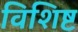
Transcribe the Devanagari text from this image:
विशिष्ट